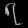
Digit: ၇